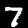
Label: 7